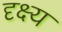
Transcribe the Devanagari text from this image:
दृक्ष्य